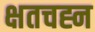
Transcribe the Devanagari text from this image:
क्षतचह्न